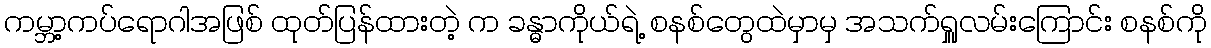
ကမ္ဘာ့ကပ်ရောဂါအဖြစ် ထုတ်ပြန်ထားတဲ့ က ခန္ဓာကိုယ်ရဲ့ စနစ်တွေထဲမှာမှ အသက်ရှူလမ်းကြောင်း စနစ်ကို